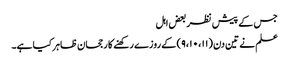
جس کے پیش نظر بعض اہل
علم نے تین دن (۹،۱۰،۱۱) کے روزے رکھنے کا رجحان ظاہر کیا ہے۔